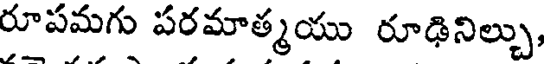
రూపమగు పరమాత్మయు రూఢినిల్చు,